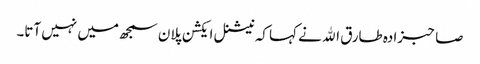
صاحبزادہ طارق اﷲ نے کہا کہ نیشنل ایکشن پلان سمجھ میں نہیں آتا۔